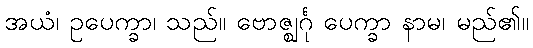
အယံ၊ ဥပေက္ခာ၊ သည်။ ဗောဇ္ဈင်္ဂု ပေက္ခာ နာမ၊ မည်၏။